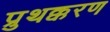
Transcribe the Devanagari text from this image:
प्रुथक्करण